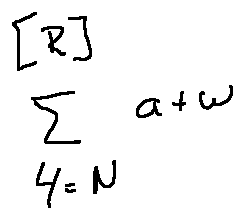
\sum \limits _ { 4 = N } ^ { [ R ] } a + w